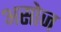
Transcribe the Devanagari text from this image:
असोज